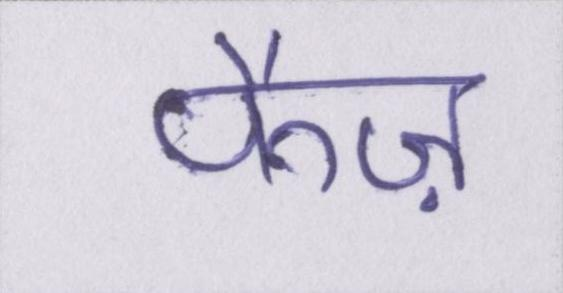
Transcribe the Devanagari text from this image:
फैज़